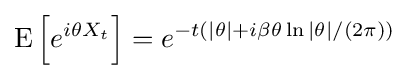
\operatorname {E} {\Big [}e^{i\theta X_{t}}{\Big ]}=e^{-t(|\theta |+i\beta \theta \ln |\theta |/(2\pi ))}